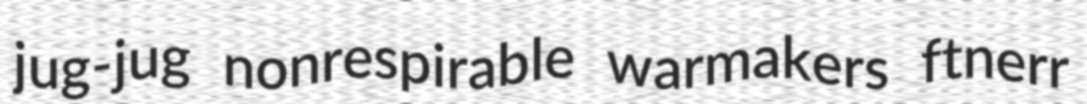
jug-jug nonrespirable warmakers ftnerr